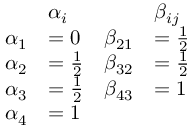
{ \begin{array} { r l r l } & { \alpha _ { i } } & & { \beta _ { i j } } \\ { \alpha _ { 1 } } & { = 0 } & { \beta _ { 2 1 } } & { = { \frac { 1 } { 2 } } } \\ { \alpha _ { 2 } } & { = { \frac { 1 } { 2 } } } & { \beta _ { 3 2 } } & { = { \frac { 1 } { 2 } } } \\ { \alpha _ { 3 } } & { = { \frac { 1 } { 2 } } } & { \beta _ { 4 3 } } & { = 1 } \\ { \alpha _ { 4 } } & { = 1 } & & { } \end{array} }